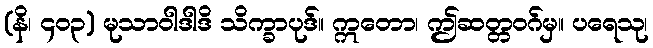
(နိ၊ ၄၀၃) မုသာဝါဒါဒိ သိက္ခာပုဒ်။ ဣတော၊ ဤဆတ္တဝဂ်မှ။ ပရေသု၊